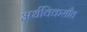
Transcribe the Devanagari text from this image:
अर्धविकसीत